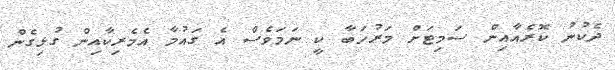
ދެކުނު ކޮރެއާއިން ސަމިޓަށް މަރުހަބާ ކީ ނަމަވެސް އެ ގައުމާ އެމެރިކާއިން ގުޅިގެން